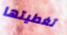
تغطيتها